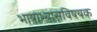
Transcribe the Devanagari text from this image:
भाषाभ्यासविषयक